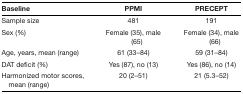
<table><thead><tr><td><b>Baseline</b></td><td><b>PPMI</b></td><td><b>PRECEPT</b></td></tr></thead><tbody><tr><td>Sample size</td><td>481</td><td>191</td></tr><tr><td>Sex (%)</td><td>Female (35), male (65)</td><td>Female (34), male (66)</td></tr><tr><td>Age, years, mean (range)</td><td>61 (33–84)</td><td>59 (31–84)</td></tr><tr><td>DAT deficit (%)</td><td>Yes (87), no (13)</td><td>Yes (86), no (14)</td></tr><tr><td>Harmonized motor scores, mean (range)</td><td>20 (2–51)</td><td>21 (5.3–52)</td></tr></tbody></table>